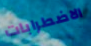
الاضطرابات